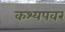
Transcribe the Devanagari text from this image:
कश्यपवर